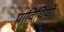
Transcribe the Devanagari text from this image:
प्राविधियों